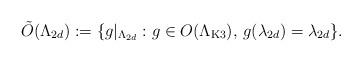
LaTeX: \begin{align*}\tilde{O}(\Lambda_{2d}):=\{g|_{\Lambda_{2d}} : g\in O(\Lambda_{\rm K3}),\, g(\lambda_{2d})=\lambda_{2d}\}.\end{align*}